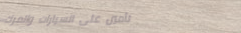
تأمين على السيارات والمرك